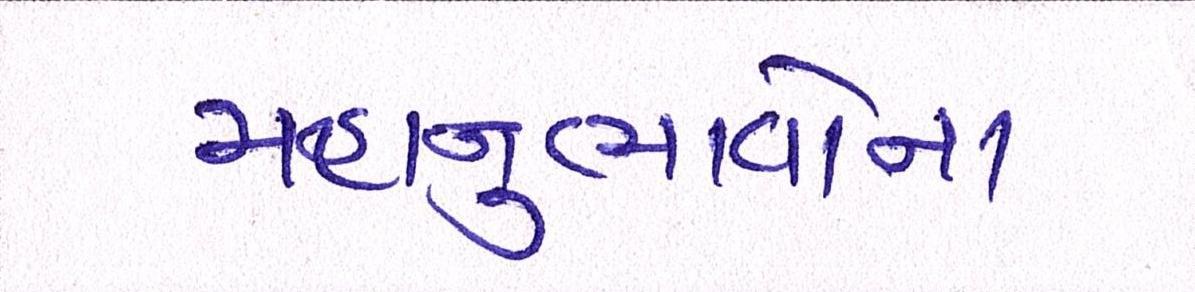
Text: મહાનુભાવોના